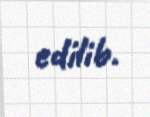
edilib.